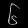
Digit: ၆